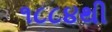
૧૮૮૪થી